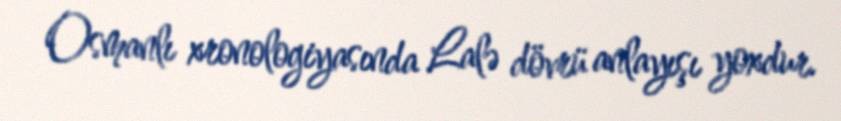
Osmanlı xronologiyasında Lalə dövrü anlayışı yoxdur.